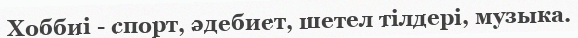
Хоббиі - спорт, әдебиет, шетел тілдері, музыка.